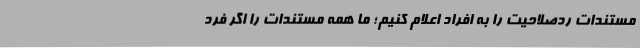
مستندات ردصلاحیت را به افراد اعلام کنیم؛ ما همه مستندات را اگر فرد